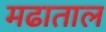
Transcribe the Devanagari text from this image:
मढाताल